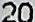
20